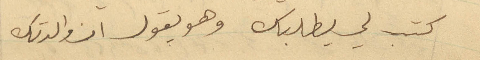
كتب لي يطلبك وهو يقول ان والدتك